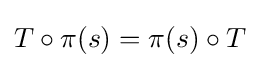
T\circ \pi (s)=\pi (s)\circ T